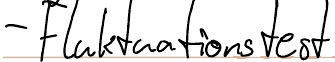
- Fluktuationstest